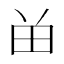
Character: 𬎿